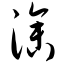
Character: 渗